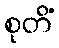
စုတိံ